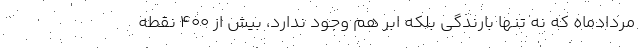
مردادماه که نه تنها بارندگی بلکه ابر هم وجود ندارد، بیش از ۴۰۰ نقطه